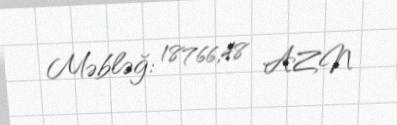
Məbləğ: 18766,48 AZN